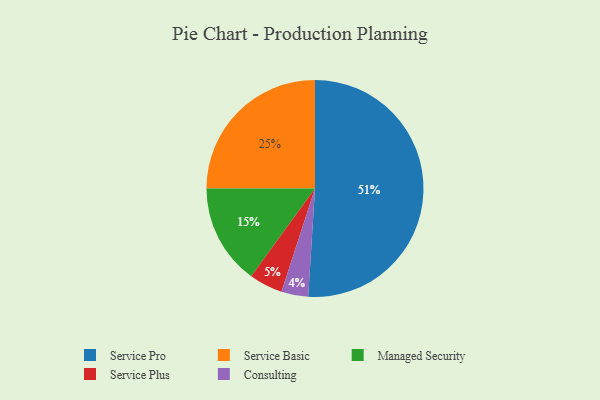
{"axis": {"x": "Category", "y": "Percentage"}, "legend": ["Consulting", "Managed Security", "Service Basic", "Service Plus", "Service Pro"], "data": [{"x": "Service Basic", "y": 25, "type": "Service Basic"}, {"x": "Service Plus", "y": 5, "type": "Service Plus"}, {"x": "Consulting", "y": 4, "type": "Consulting"}, {"x": "Service Pro", "y": 51, "type": "Service Pro"}, {"x": "Managed Security", "y": 15, "type": "Managed Security"}]}